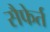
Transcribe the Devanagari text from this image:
सैफेर्त